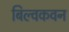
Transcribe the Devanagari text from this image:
बिल्वकवन